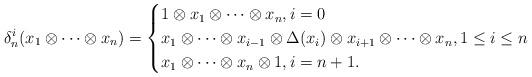
LaTeX: \begin{align*}\delta^i_n(x_1\otimes \cdots\otimes x_n) = \begin{cases}1\otimes x_1\otimes\cdots\otimes x_n, i=0\\x_1\otimes\cdots\otimes x_{i-1}\otimes\Delta(x_i)\otimes x_{i+1}\otimes\cdots\otimes x_n, 1\leq i \leq n\\x_1\otimes \cdots\otimes x_{n}\otimes 1, i=n+1.\end{cases}\end{align*}